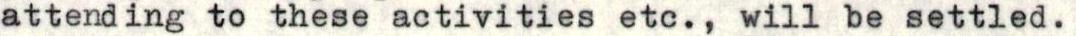
attending to these activities etc., will be settled.